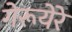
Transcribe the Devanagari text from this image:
गेरूयेरे